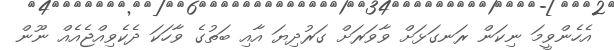
އެހެންވީމަ ނިކަން ރަނގަޅަށް ވާވަރަށް ގަރުދިޔަ އާއި ބަތުގެ ވާހަކަ ދެކެވިއްޖެއެއް ނޫން